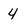
Character: 4